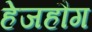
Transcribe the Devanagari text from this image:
हेजहौग